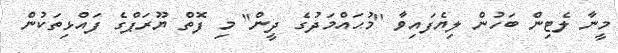
މީނާ ލެޓިން ބަހުން ލިޔެފައިވާ ''މުޙައްމަދުގެ ދީން'' މި ފޮތް ޔޫރަޕްގެ ފައްޅިތަކުން